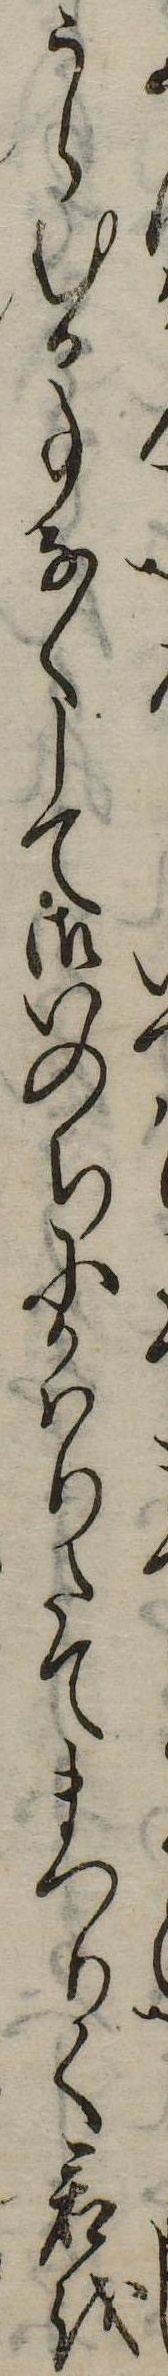
うらむる事なくして御いのちにかはりたてまつりて君を